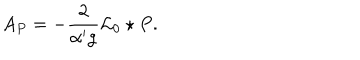
A _ { P } = - \frac { 2 } { { \alpha ^ { \prime } } g } { \mathcal { L } _ { 0 } } \star P .